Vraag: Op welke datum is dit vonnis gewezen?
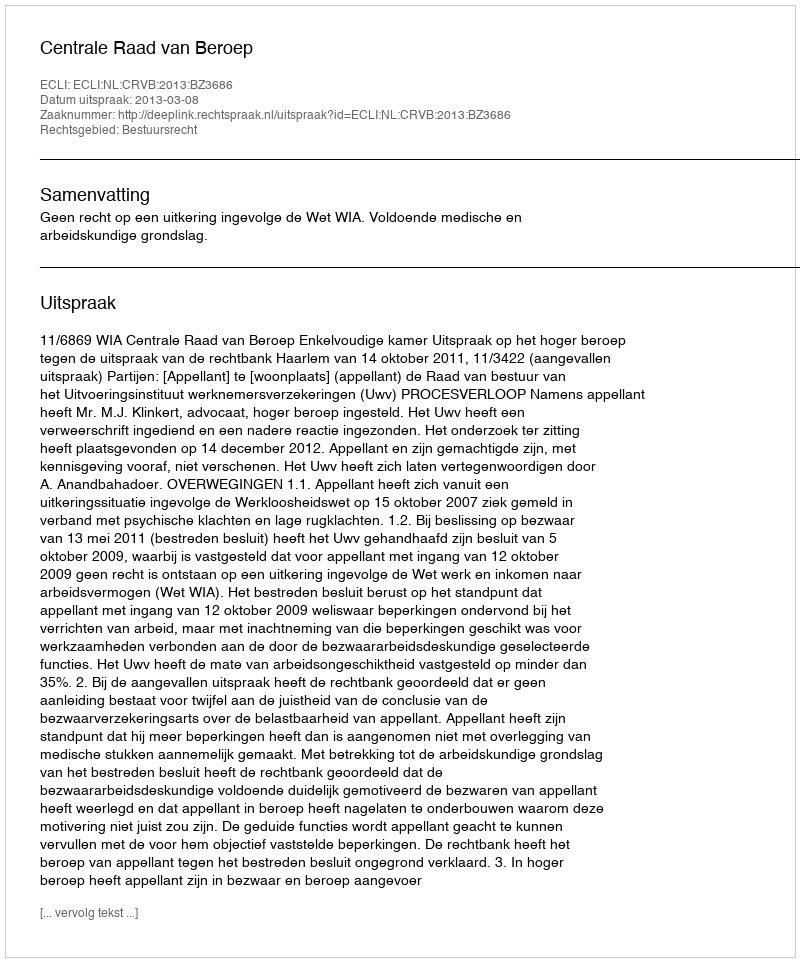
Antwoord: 2013-03-08